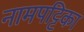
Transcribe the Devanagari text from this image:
नामपट्टिका